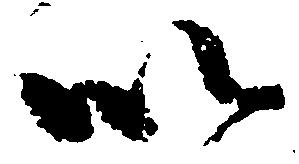
以